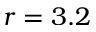
r = 3 . 2